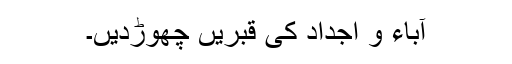
آباء و اجداد کی قبریں چھوڑدیں۔